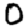
Digit: 0